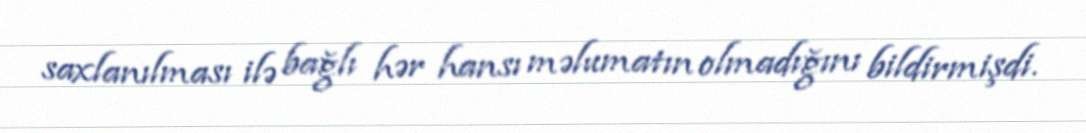
saxlanılması ilə bağlı hər hansı məlumatın olmadığını bildirmişdi.